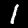
Digit: 1